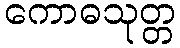
ကောဓသုတ္တ